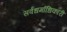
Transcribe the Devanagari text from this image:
सर्वधर्माधिकारी